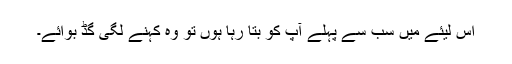
اس لیئے میں سب سے پہلے آپ کو بتا رہا ہوں تو وہ کہنے لگی گڈ بوائے۔